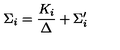
\Sigma _ { i } = \frac { K _ { i } } { \Delta } + \Sigma _ { i } ^ { \prime }